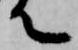
て